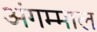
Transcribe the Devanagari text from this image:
अंगम्माल